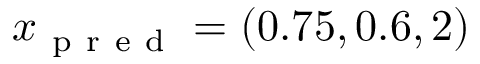
x _ { \mathrm { ~ p ~ r ~ e ~ d ~ } } = ( 0 . 7 5 , 0 . 6 , 2 )